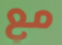
مع